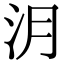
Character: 㳉